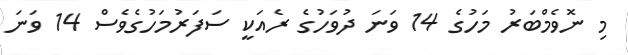
މި ނޮވެމްބަރު މަހުގެ 14 ވަނަ ދުވަހުގެ ރެއަކީ ސަފަރުމަހުގެވެސް 14 ވަނަ